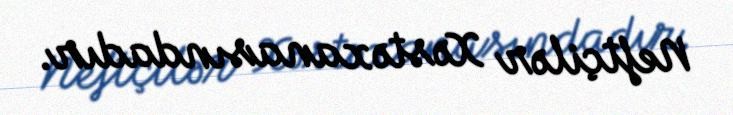
Neftçilər Xəstəxanasındadır.